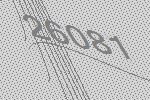
26081